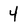
Character: 4